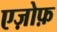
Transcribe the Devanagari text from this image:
एज़ोफ़